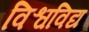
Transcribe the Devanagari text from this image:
विश्वविद्य